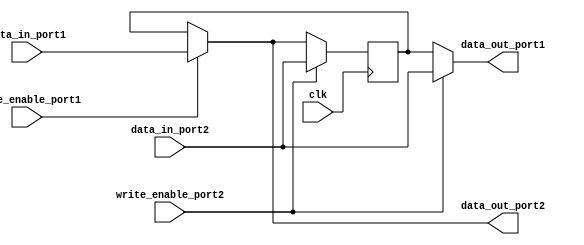
module dual_port_bypass_register (
  input wire clk,
  input wire [7:0] data_in_port1,
  input wire [7:0] data_in_port2,
  input wire write_enable_port1,
  input wire write_enable_port2,
  output reg [7:0] data_out_port1,
  output reg [7:0] data_out_port2
);

reg [7:0] register;

always @(posedge clk) begin
  if (write_enable_port1) begin
    register <= data_in_port1;
  end
  if (write_enable_port2) begin
    register <= data_in_port2;
  end
end

assign data_out_port1 = (write_enable_port2) ? data_in_port2 : register;
assign data_out_port2 = (write_enable_port1) ? data_in_port1 : register;

endmodule